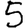
Digit: 5